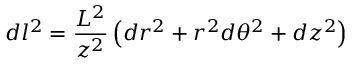
d l ^ { 2 } = \frac { L ^ { 2 } } { z ^ { 2 } } \left( d r ^ { 2 } + r ^ { 2 } d \theta ^ { 2 } + d z ^ { 2 } \right)